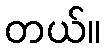
တယ်။